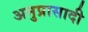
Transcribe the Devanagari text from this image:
अनुप्रासादी